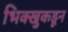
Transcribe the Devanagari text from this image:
भिक्खुकडून